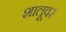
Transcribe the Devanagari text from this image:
शालूवर